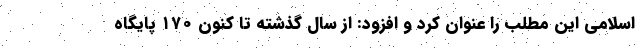
اسلامی این مطلب را عنوان کرد و افزود: از سال گذشته تا کنون ۱۷۰ پایگاه